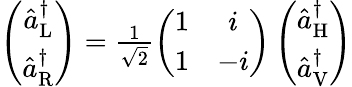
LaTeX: \begin{array}{r}{\left(\begin{array}{c}{\hat{a}_{\mathrm{L}}^{\dagger}}\\ {\hat{a}_{\mathrm{R}}^{\dagger}}\end{array}\right)=\frac{1}{\sqrt{2}}\left(\begin{array}{cc}{1}&{i}\\ {1}&{-i}\end{array}\right)\left(\begin{array}{c}{\hat{a}_{\mathrm{H}}^{\dagger}}\\ {\hat{a}_{\mathrm{V}}^{\dagger}}\end{array}\right)}\end{array}